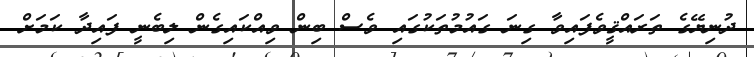
ދުނިޔޭގެ ތަރައްޤީވެފައިވާ ގިނަ ގައުމުތަކުގައި ވެސް ބިން ވިއްކައިގެން ލިބެނީ ފައިދާ ކަމަށް